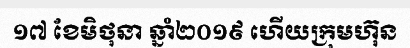
១៧ ខែមិថុនា ឆ្នាំ២០១៩ ហើយក្រុមហ៊ុន